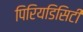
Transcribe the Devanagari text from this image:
पिरियडिसिटी